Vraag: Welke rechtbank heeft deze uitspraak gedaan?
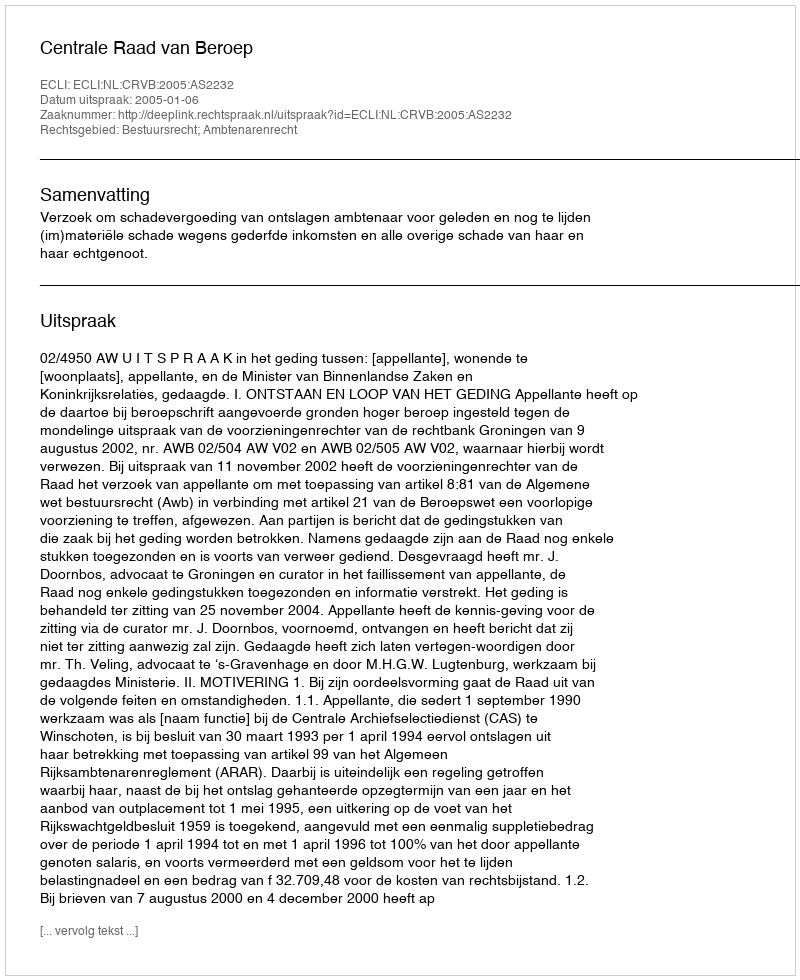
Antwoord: Centrale Raad van Beroep